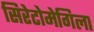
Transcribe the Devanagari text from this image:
सिरेटोमेगिला